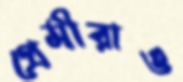
প্রেমীরাও